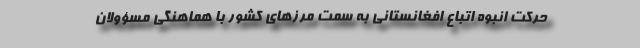
حرکت انبوه اتباع افغانستانی به سمت مرزهای کشور با هماهنگی مسؤولان